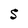
Character: S